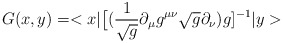
\begin{align*}G(x,y) = <x|\big{[}(\frac{1}{\sqrt{g}}\partial_{\mu}g^{\mu\nu} \sqrt{g}\partial_{\nu})g]^{-1}|y>\end{align*}